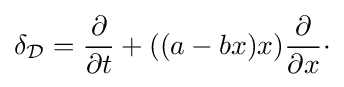
\delta _{\mathcal {D}}={\dfrac {\partial }{\partial t}}+((a-bx)x){\dfrac {\partial }{\partial x}}\cdot